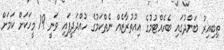
ތިބިއިރު ބަންދުގައި ބެހެއްޓުމުގެ އިއުތުރާޒެއް ނެތްކަމުގެ ހުއްދަދީފައި ވަނީ 19 މީހަކަށް ކަމަށް